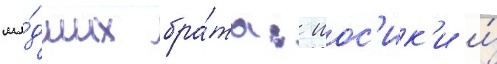
мла́дших бра́та: иос'ик'и и́